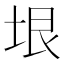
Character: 垠